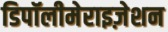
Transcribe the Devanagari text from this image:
डिपॉलीमेराइज़ेशन